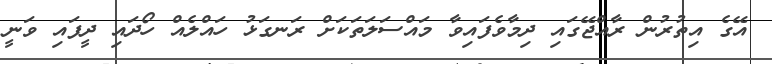
އޭގެ އިތުރުން ރާއްޖޭގައި ދިމާވެފައިވާ މައްސަލަތަކަށް ރަނގަޅު ހައްލެއް ހޯދައި ދީފައި ވަނީ